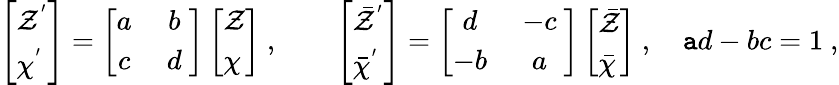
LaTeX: \left[\begin{array}{l}{{{\cal Z}^{'}}}\\ {{{\cal\chi}^{'}}}\end{array}\right]=\left[\begin{array}{cc}{{a\ }}&{{b\ }}\\ {{c\ }}&{{d\ }}\end{array}\right]\left[\begin{array}{l}{{{\cal Z}}}\\ {{{\cal\chi}}}\end{array}\right]\ ,\qquad\left[\begin{array}{l}{{{\bar{\cal Z}}^{'}}}\\ {{{\bar{\cal\chi}}^{'}}}\end{array}\right]=\left[\begin{array}{cc}{{d\ }}&{{-c\ }}\\ {{-b\ }}&{{a\ }}\end{array}\right]\left[\begin{array}{l}{{{\bar{\cal Z}}}}\\ {{{\bar{\cal\chi}}}}\end{array}\right]\ ,\quad\mathtt{a}d-bc=1\ ,